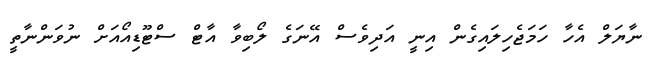
ނާޔަލް އެހާ ހަމަޖެހިލައިގެން އިނީ އަދިވެސް އޭނަގެ ލޯބިވާ އާޓް ސްޓޫޑިއޯއަށް ނުވަންނާތީ